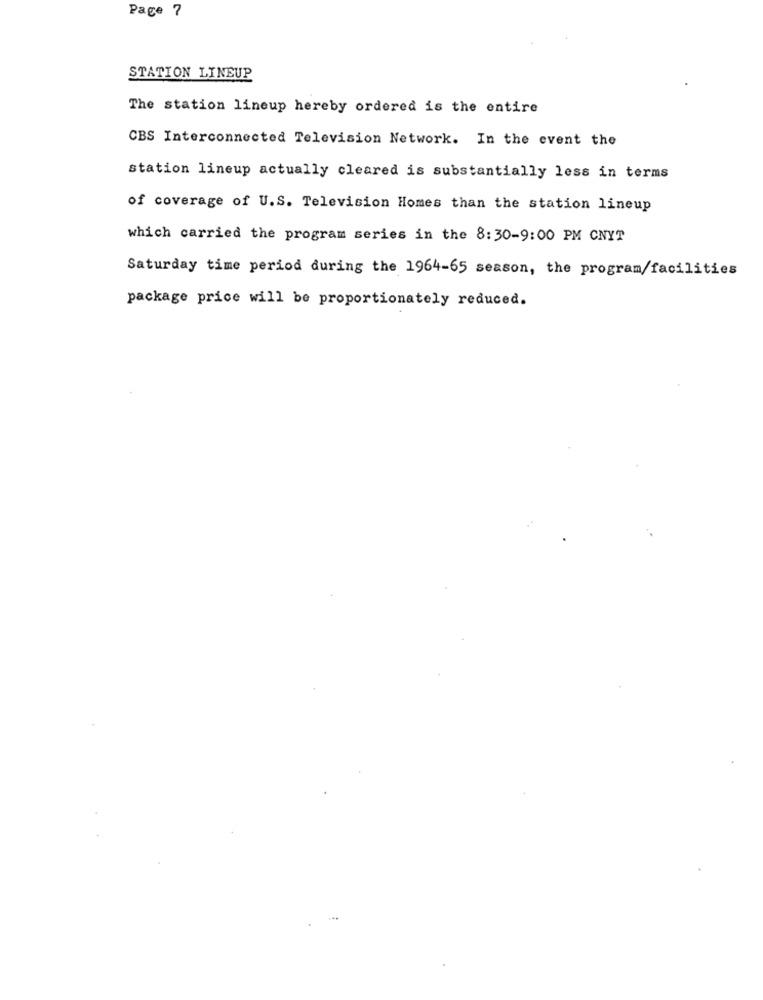
Page 7
STATION LINEUP
The station lineup hereby ordered is the entire
CBS Interconnected Television Network. In the event the
station lineup actually cleared is substantially less in terms
of coverage of U.S. Television Homes than the station lineup
which carried the program series in the 8:30-9:00 PM CNYT
Saturday time period during the 1964-65 season, the program/facilities
package price will be proportionately reduced.